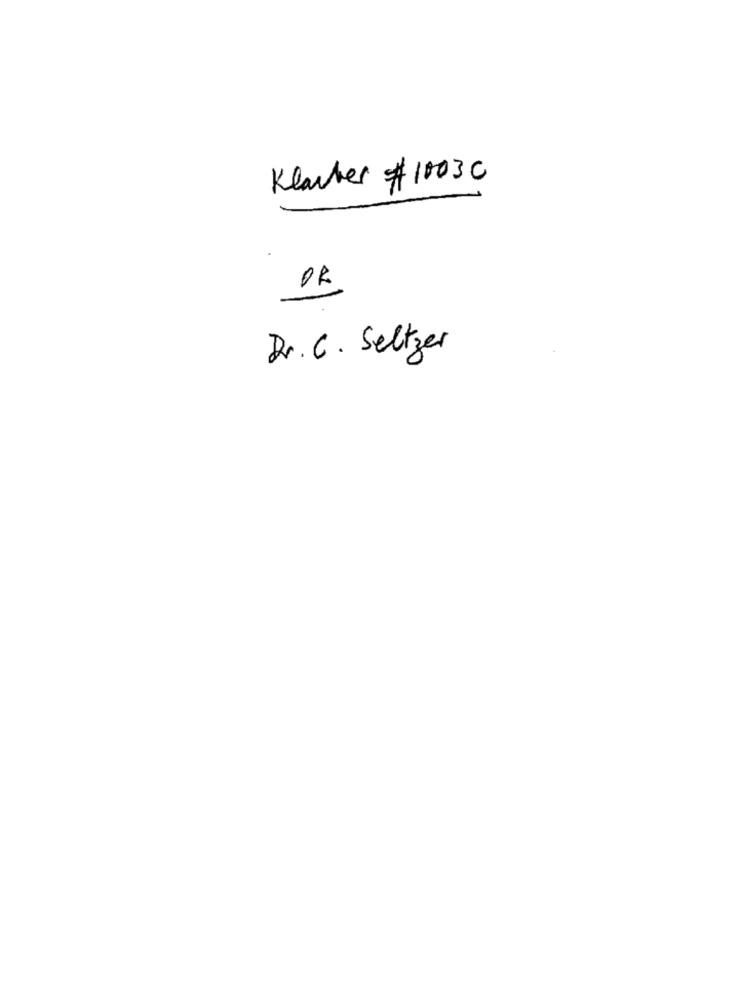
Klauter # 10030
OR
Dr. C. Seltzer